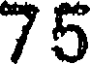
75